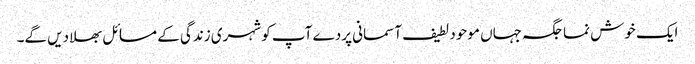
ایک خوش نما جگہ جہاں موحود لطیف آسمانی پردے آپ کو شہری زندگی کے مسائل بھلا دیں گے۔